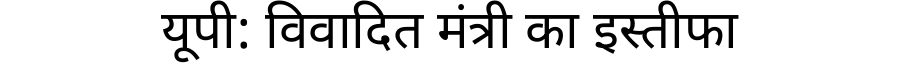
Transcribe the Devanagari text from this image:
यूपी: विवादित मंत्री का इस्तीफा